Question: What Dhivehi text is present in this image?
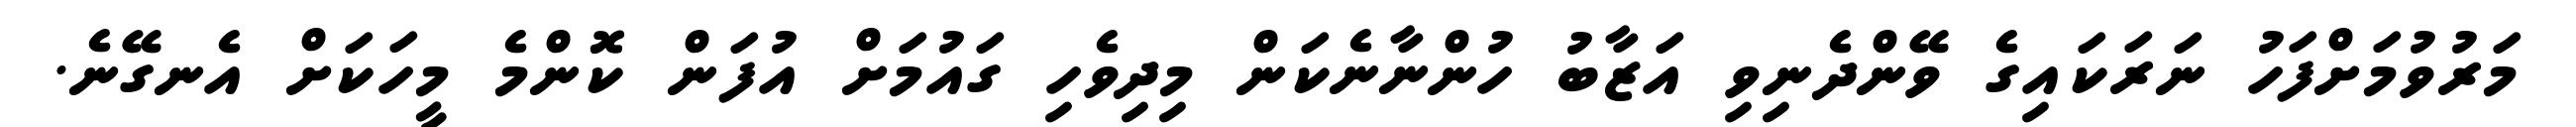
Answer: މަރުވުމަށްފަހު ނަރަކައިގެ ވޭންދެނިވި އަޒާބު ހުންނާނެކަން މިދިވެހި ގައުމަށް އުފަން ކޮންމެ މީހަކަށް އެނގޭނެ.